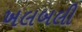
ખલબલી